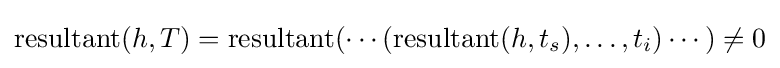
\mathrm {resultant} (h,T)=\mathrm {resultant} (\cdots (\mathrm {resultant} (h,t_{s}),\ldots ,t_{i})\cdots )\neq 0